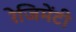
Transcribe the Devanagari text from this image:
रेजिमेंटी